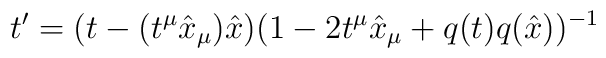
t' = (t - (t^\mu {\hat x}_\mu) {\hat x})( 1 - 2 t^\mu {\hat x}_\mu + q(t) q({\hat x}))^{-1}